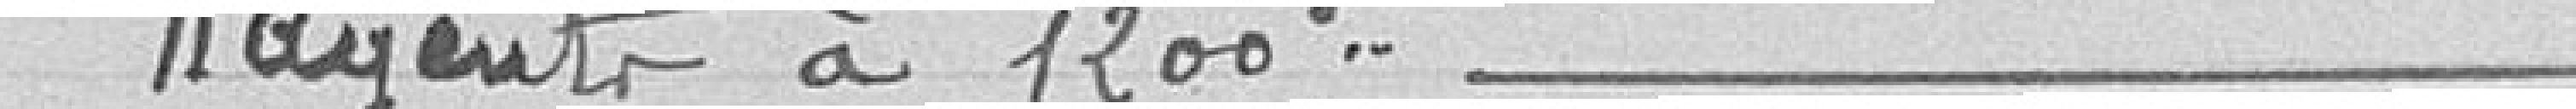
11 agents à 1200F